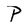
Character: P